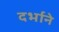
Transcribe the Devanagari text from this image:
दर्भाने